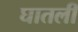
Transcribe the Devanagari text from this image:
घातलीं